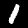
Digit: 1